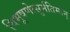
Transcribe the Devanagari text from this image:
विभूषणेत्सुर्मतिमान्